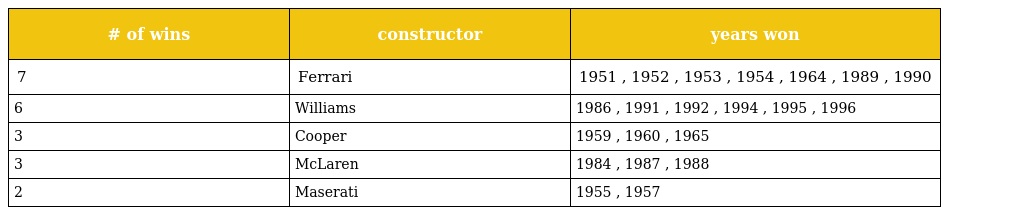
| # of wins | constructor | years won |
 | --- | --- | --- |
 | 7 | Ferrari | 1951 , 1952 , 1953 , 1954 , 1964 , 1989 , 1990 |
 | 6 | Williams | 1986 , 1991 , 1992 , 1994 , 1995 , 1996 |
 | 3 | Cooper | 1959 , 1960 , 1965 |
 | 3 | McLaren | 1984 , 1987 , 1988 |
 | 2 | Maserati | 1955 , 1957 |